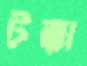
টক্কা